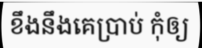
ខឹងនឹងគេប្រាប់ កុំឲ្យ